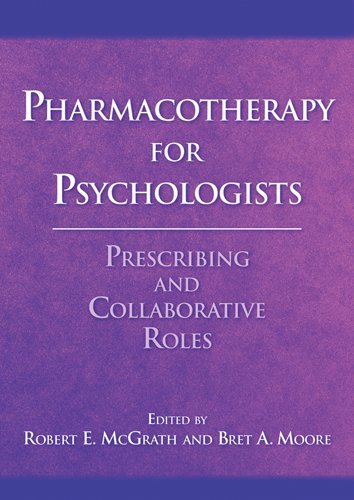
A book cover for Pharmacotherapy for Psychologists: Prescribing and Collaborative Roles; Medical Books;